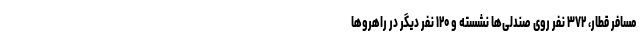
مسافر قطار، ۳۷۲ نفر روی صندلی‌ها نشسته و ۱۲۰ نفر دیگر در راهروها